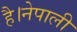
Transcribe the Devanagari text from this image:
है।नेपाली